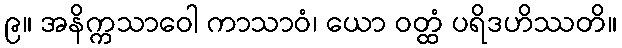
၉။ အနိက္ကသာဝေါ ကာသာဝံ၊ ယော ဝတ္ထံ ပရိဒဟိဿတိ။